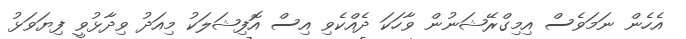
އެހެން ނަމަވެސް އިމިގްރޭޝަނުން ވާހަކަ ދެެއްކެވި އިސް އޮފިޝަލަކު މިއަދު ވިދާޅުވީ ފިޔަވަޅު